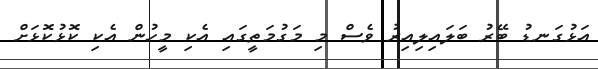
އަޅުގަނޑު ބޭރު ބަލައިލިއިރު ވެސް މި މަގުމަތީގައި އެކި މީހުން އެކި ކޮޅުކޮޅަށް